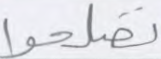
تصلحوا